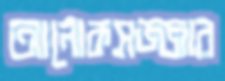
আলোকসজ্জার